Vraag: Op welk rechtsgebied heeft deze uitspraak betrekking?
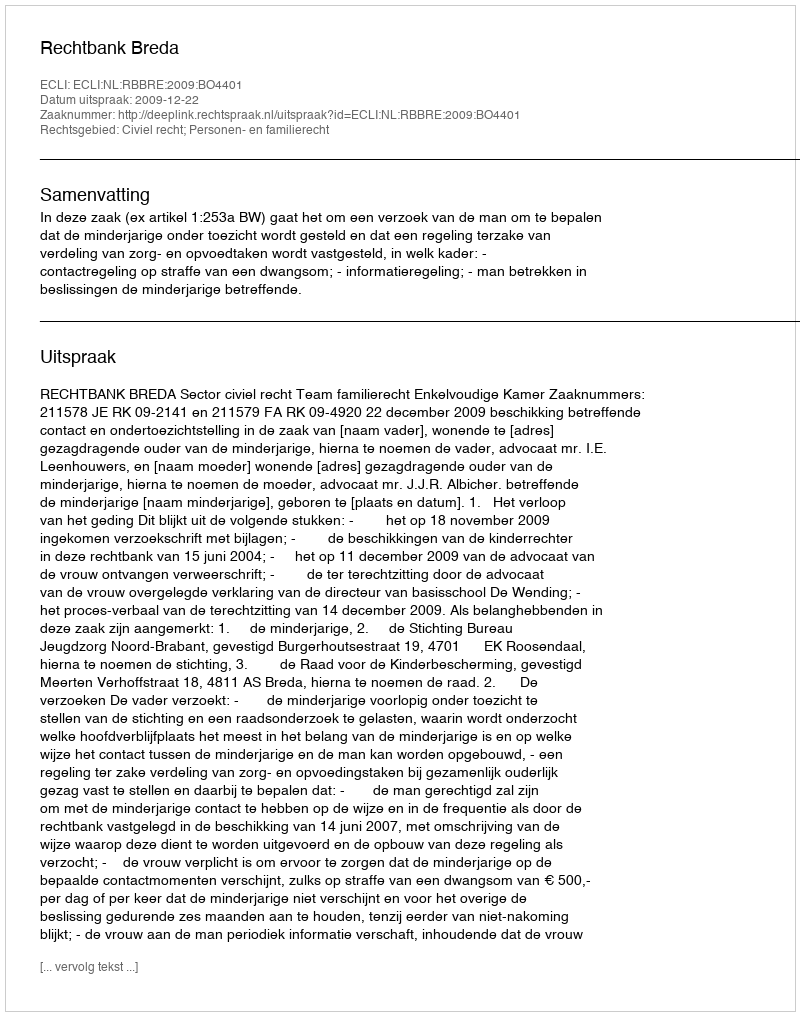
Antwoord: Civiel recht; Personen- en familierecht